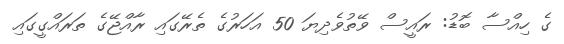
ގެ ހިއްސާ ބޮޑު: ރައީސް ވޭތުވެދިޔަ 50 އަހަރުގެ ތެރޭގައި ރާއްޖޭގެ ތަރައްގީގައި